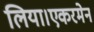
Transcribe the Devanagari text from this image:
लिया।एकरमेन